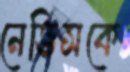
নেভিসকে